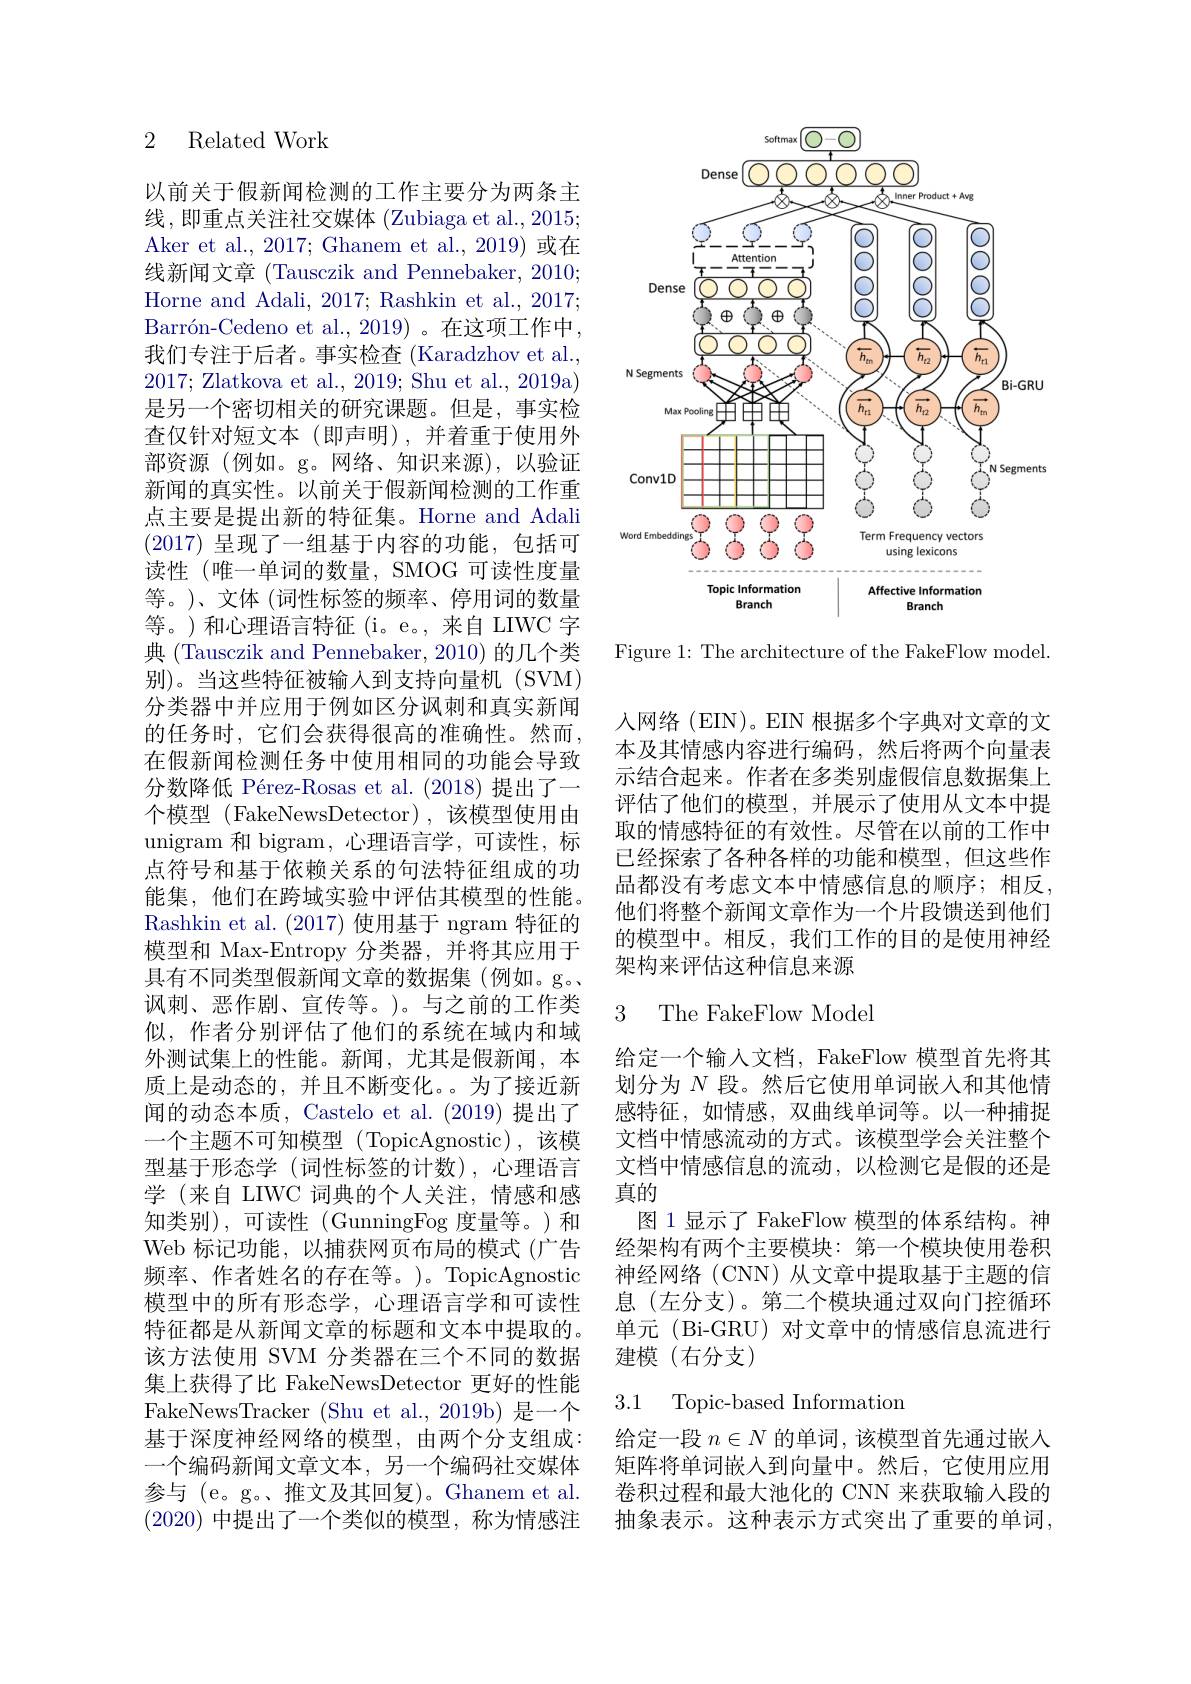
<FigureHere>

Figure 1: The architecture of the FakeFlow model.

## 2 Related Work

以前关于假新闻检测的工作主要分为两条主线，即重点关注社交媒体(Zubiaga et al., 2015; Aker et al., 2017; Ghanem et al., 2019) 或在线新闻文章 (Tausczik and Pennebaker, 2010; Horne and Adali, 2017; Rashkin et al., 2017; $\text{Barr\' {o}n- Cedenoetal. , 2019) 。在 这 项 工 作 中 }$, 我们专注于后者。事实检查 (Karadzhov et al., 2017; Zlatkova et al., 2019; Shu et al., 2019a) 是另一个密切相关的研究课题。但是，事实检查仅针对短文本(即声明),并着重于使用外部资源 (例如。g。网络、知识来源),以验证新闻的真实性。以前关于假新闻检测的工作重点主要是提出新的特征集。Horne and Adali (2017)呈现了一组基于内容的功能，包括可读性(唯一单词的数量，SMOG 可读性度量等。)、文体 (词性标签的频率、停用词的数量等。)和心理语言特征(i。e。,来自 LIWC 字典 (Tausczik and Pennebaker, 2010) 的几个类别)。当这些特征被输入到支持向量机(SVM) 分类器中并应用于例如区分讽刺和真实新闻的任务时，它们会获得很高的准确性。然而， 在假新闻检测任务中使用相同的功能会导致分数降低 Pérez-Rosas et al. (2018) 提出了一个模型 (FakeNewsDetector),该模型使用由unigram 和 bigram, 心理语言学，可读性，标点符号和基于依赖关系的句法特征组成的功能集，他们在跨域实验中评估其模型的性能。Rashkin et al. (2017) 使用基于 ngram 特征的模型和 Max-Entropy 分类器，并将其应用于具有不同类型假新闻文章的数据集(例如。g。讽刺、恶作剧、宣传等。)。与之前的工作类似，作者分别评估了他们的系统在域内和域外测试集上的性能。新闻，尤其是假新闻，本质上是动态的，并且不断变化。为了接近新闻的动态本质，Castelo et al. (2019) 提出了一个主题不可知模型 (TopicAgnostic),该模型基于形态学(词性标签的计数),心理语言学 (来自 LIWC 词典的个人关注，情感和感知类别),可读性(GunningFog度量等。)和Web 标记功能，以捕获网页布局的模式(广告频率、作者姓名的存在等。)。TopicAgnostic 模型中的所有形态学，心理语言学和可读性特征都是从新闻文章的标题和文本中提取的。该方法使用 SVM 分类器在三个不同的数据集上获得了比 FakeNewsDetector 更好的性能FakeNewsTracker (Shu et al., 2019b) 是一个基于深度神经网络的模型，由两个分支组成： 一个编码新闻文章文本，另一个编码社交媒体参与 (e。g。、推文及其回复)。Ghanem et al. (2020)中提出了一个类似的模型，称为情感注

人网络(EIN)。EIN 根据多个字典对文章的文本及其情感内容进行编码，然后将两个向量表示结合起来。作者在多类别虚假信息数据集上评估了他们的模型，并展示了使用从文本中提取的情感特征的有效性。尽管在以前的工作中已经探索了各种各样的功能和模型，但这些作品都没有考虑文本中情感信息的顺序；相反， 他们将整个新闻文章作为一个片段馈送到他们的模型中。相反，我们工作的目的是使用神经架构来评估这种信息来源

## 3 The FakeFlow Mode

给定一个输人文档，FakeFlow 模型首先将其划分为$N$段。然后它使用单词嵌入和其他情感特征，如情感，双曲线单词等。以一种捕捉文档中情感流动的方式。该模型学会关注整个文档中情感信息的流动，以检测它是假的还是真的
图 1 显示了 FakeFlow 模型的体系结构。神经架构有两个主要模块：第一个模块使用卷积神经网络(CNN)从文章中提取基于主题的信息(左分支)。第二个模块通过双向门控循环单元(Bi-GRU)对文章中的情感信息流进行建模(右分支)

3.1 Topic-based Information

给定一段$n\in N$的单词，该模型首先通过嵌人矩阵将单词嵌入到向量中。然后，它使用应用卷积过程和最大池化的 CNN 来获取输入段的抽象表示。这种表示方式突出了重要的单词，